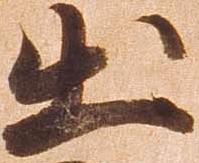
出